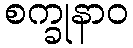
စက္ခုနာဝ